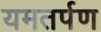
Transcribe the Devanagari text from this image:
यमतर्पण